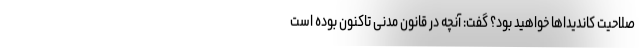
صلاحیت کاندیداها خواهید بود؟ گفت: آنچه در قانون مدنی تاکنون بوده است